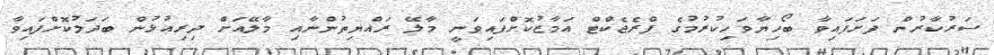
ސަރުކާރުން ފަށަފައިވާ ބޯހިޔާވަހިކުރުމުގެ ޕްރެޖެކްޓް އަމާޒުކޮށްފައިވަނީ މާާލޭ ރައްޔިތުންނާއި މާލޭއަށް ދިރިއުޅުން ބަދަލުކޮށްފައިވާ